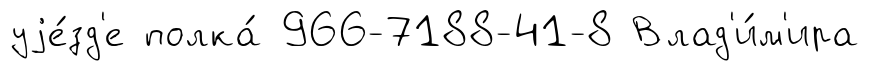
уjе́зд'е полка́ 966-7188-41-8 Влад'и́м'ира